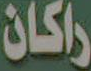
راكان